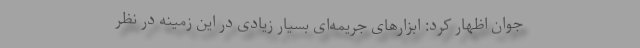
جوان اظهار کرد: ابزارهای جریمه‌ای بسیار زیادی در این زمینه در نظر